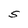
Character: S